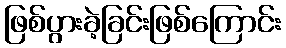
ဖြစ်ပွားခဲ့ခြင်းဖြစ်ကြောင်း